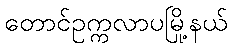
တောင်ဥက္ကလာပမြို့နယ်